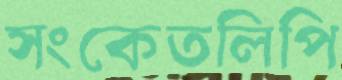
সংকেতলিপি